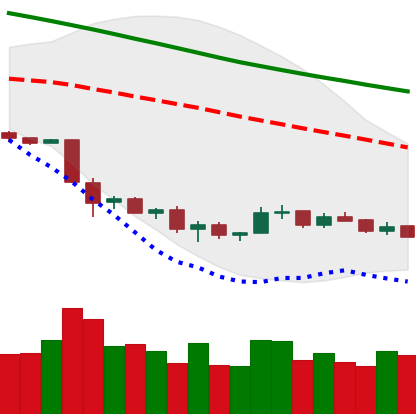
Ticker: NEO-USD
Chart end date: 2018-12-05
Forward return: -12.54%
Label: down_7plus